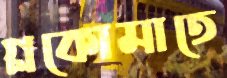
গ্লকোমাতে